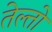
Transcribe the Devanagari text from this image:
तेल्तो